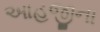
આહજીના